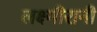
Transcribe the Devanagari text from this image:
लक्ष्मीरानी